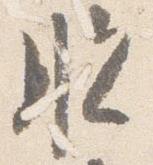
脱